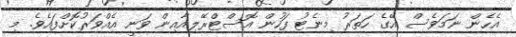
އެހެން ނަމަވެސް އޭގެ ހަތަރު މިނެޓު ފަހުން އޮސްޓްރޭލިއާއިން ވަނީ އެއްވަރުކޮށްފައެވެ. މި